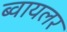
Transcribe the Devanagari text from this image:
ब्वायलर